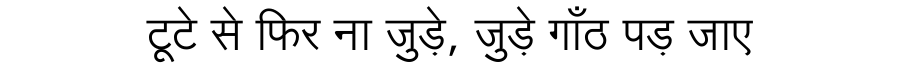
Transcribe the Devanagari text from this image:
टूटे से फिर ना जुड़े, जुड़े गाँठ पड़ जाए